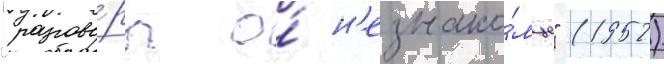
"разгово́ры о́ н'езнако́мце" (1952)